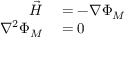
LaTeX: \begin{array} { r l } { { \vec { H } } } & { { } = - \nabla \Phi _ { M } } \\ { \nabla ^ { 2 } \Phi _ { M } } & { { } = 0 } \end{array}